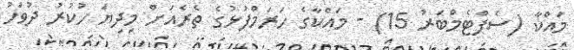
މައްކާ (ސެޕްޓެމްބަރު 15) - މައްކާގެ ހަރަމްފުޅުގެ ތެރެއަށް މިދިޔަ ހުކުރު ދުވަހު